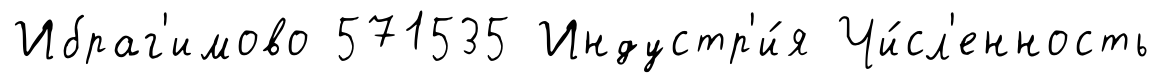
Ибраг'имово 571535 Индустр'и́я Чи́сл'енность